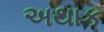
અથાક